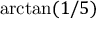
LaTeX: \arctan ( 1 / 5 )